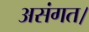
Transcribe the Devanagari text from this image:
असंगत।